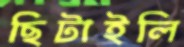
ছিটাইলি